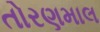
તોરણમાલ